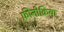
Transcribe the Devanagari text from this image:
फ़ीनीक्रिया